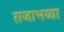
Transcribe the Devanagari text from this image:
राजाभय्या